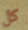
كل